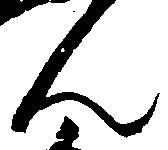
ん